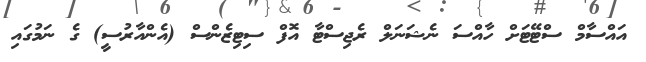
އައްސާމް ސްޓޭޓަށް ހާއްސަ ނެޝަނަލް ރެޖިސްޓާ އޮފް ސިޓިޒެންސް (އެންއާރުސީ) ގެ ނަމުގައި